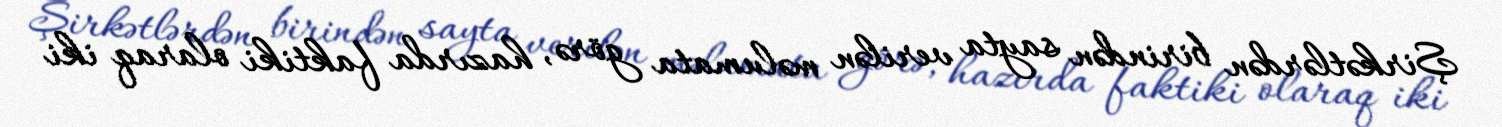
Şirkətlərdən birindən sayta verilən məlumata görə, hazırda faktiki olaraq iki